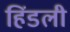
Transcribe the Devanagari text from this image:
हिंडली